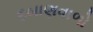
દબાણવાળો